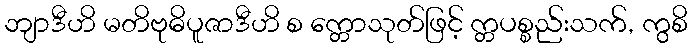
ဘျာဒီဟိ မတိဗုဓိပူဇာဒီဟိ စ က္တောသုတ်ဖြင့် က္တပစ္စည်းသက်, ကွစိ